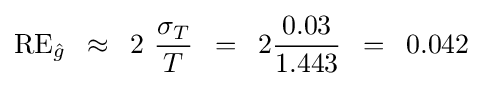
{\rm {RE}}_{\hat {g}}\,\,\,\approx \,\,\,2\,\,{{\sigma _{T}} \over T}\,\,\,=\,\,\,2{{0.03} \over {1.443}}\,\,\,=\,\,\,0.042